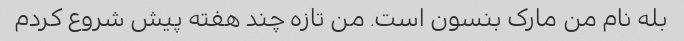
بله نام من مارک بنسون است. من تازه چند هفته پیش شروع کردم